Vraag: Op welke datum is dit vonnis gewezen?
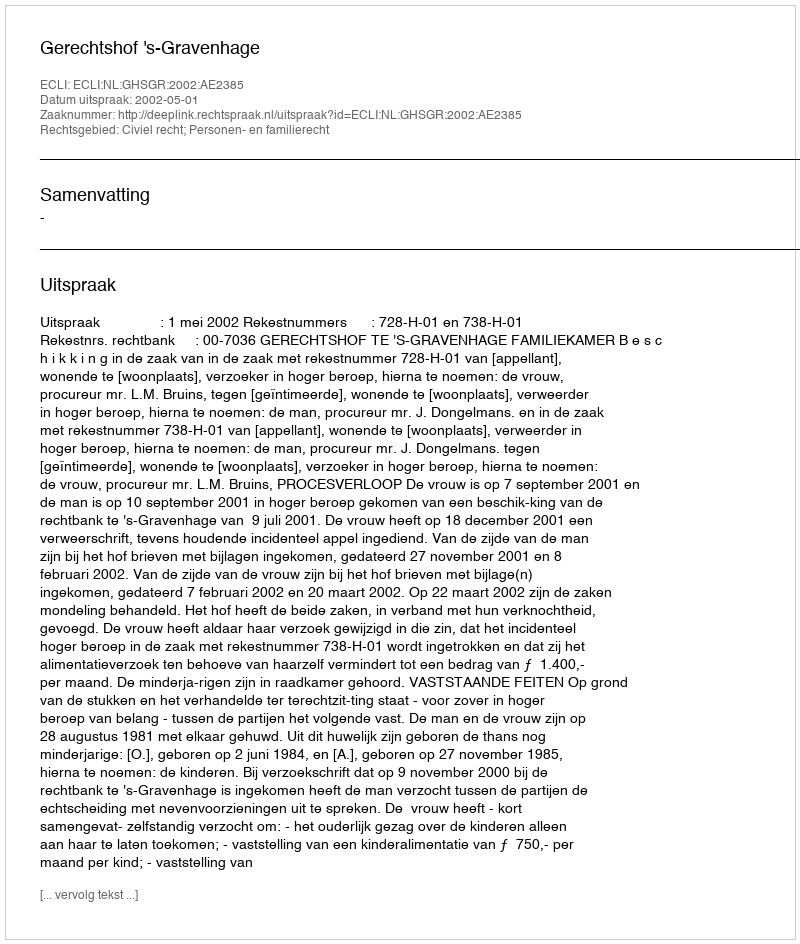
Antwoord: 2002-05-01